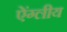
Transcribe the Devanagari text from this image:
ऐंग्लीय